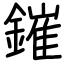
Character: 鏙